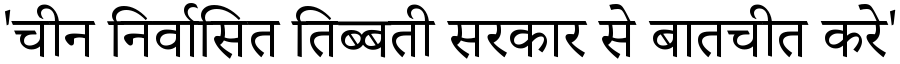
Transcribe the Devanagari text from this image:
'चीन निर्वासित तिब्बती सरकार से बातचीत करे'